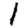
Digit: 1